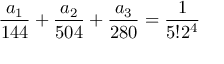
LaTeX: \frac { a _ { 1 } } { 1 4 4 } + \frac { a _ { 2 } } { 5 0 4 } + \frac { a _ { 3 } } { 2 8 0 } = \frac { 1 } { 5 ! 2 ^ { 4 } }